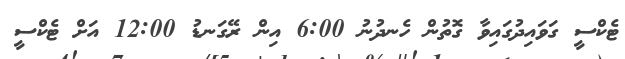
ޓެކްސީ ގަވައިދުގައިވާ ގޮތުން ހެނދުނު 6:00 އިން ރޭގަނޑު 12:00 އަށް ޓެކްސީ